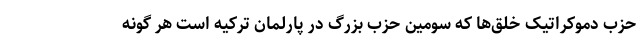
حزب دموکراتیک خلق‌ها که سومین حزب بزرگ در پارلمان ترکیه است هر گونه